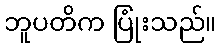
ဘူပတိက ပြုံးသည်။